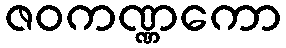
ဇဝကဏ္ဏကော